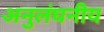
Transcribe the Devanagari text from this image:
अनुलंघनीय